Vaccination returns of the Province of Eastern Bengal and Assam - 1905-1912
Year: 1905
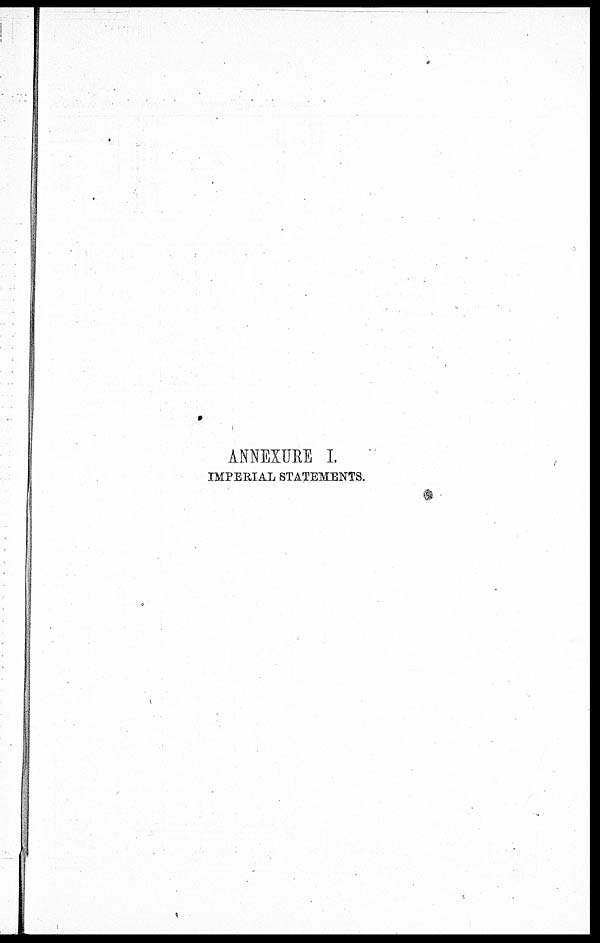
ANNEXURE I.
IMPERIAL STATEMENTS.